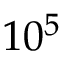
1 0 ^ { 5 }